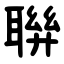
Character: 聨